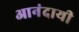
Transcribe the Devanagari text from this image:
आनंदायी